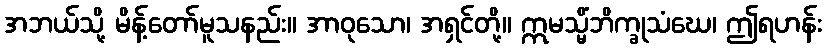
အဘယ်သို့ မိန့်တော်မူသနည်း။ အာဝုသော၊ အရှင်တို့။ ဣမသ္မိံဘိက္ခုသံဃေ၊ ဤရဟန်း